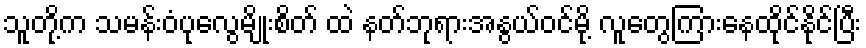
သူတို့က သမန်းဝံပုလွေမျိုးစိတ် ထဲ နတ်ဘုရားအနွယ်ဝင်မို့ လူတွေကြားနေထိုင်နိုင်ပြီး